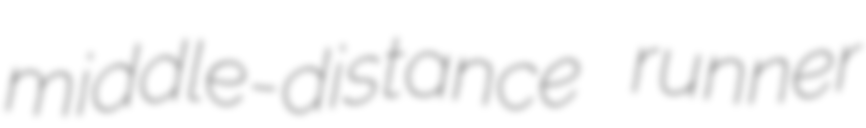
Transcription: middle-distance runner